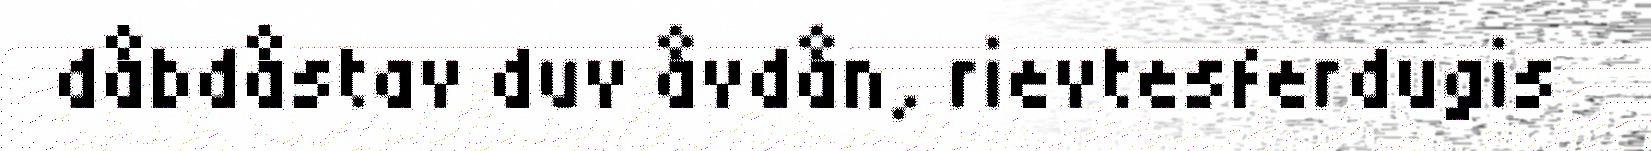
dåbdåstav duv åvdån, rievtesferdugis